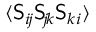
\ensuremath { \langle \mathsf { S } _ { i \! j } \mathsf { S } _ { \! j \! k } \mathsf { S } _ { k i } \rangle }